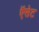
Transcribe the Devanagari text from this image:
ऍसेट